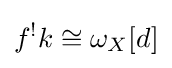
f^{!}k\cong \omega _{X}[d]